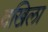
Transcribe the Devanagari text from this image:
दखिला